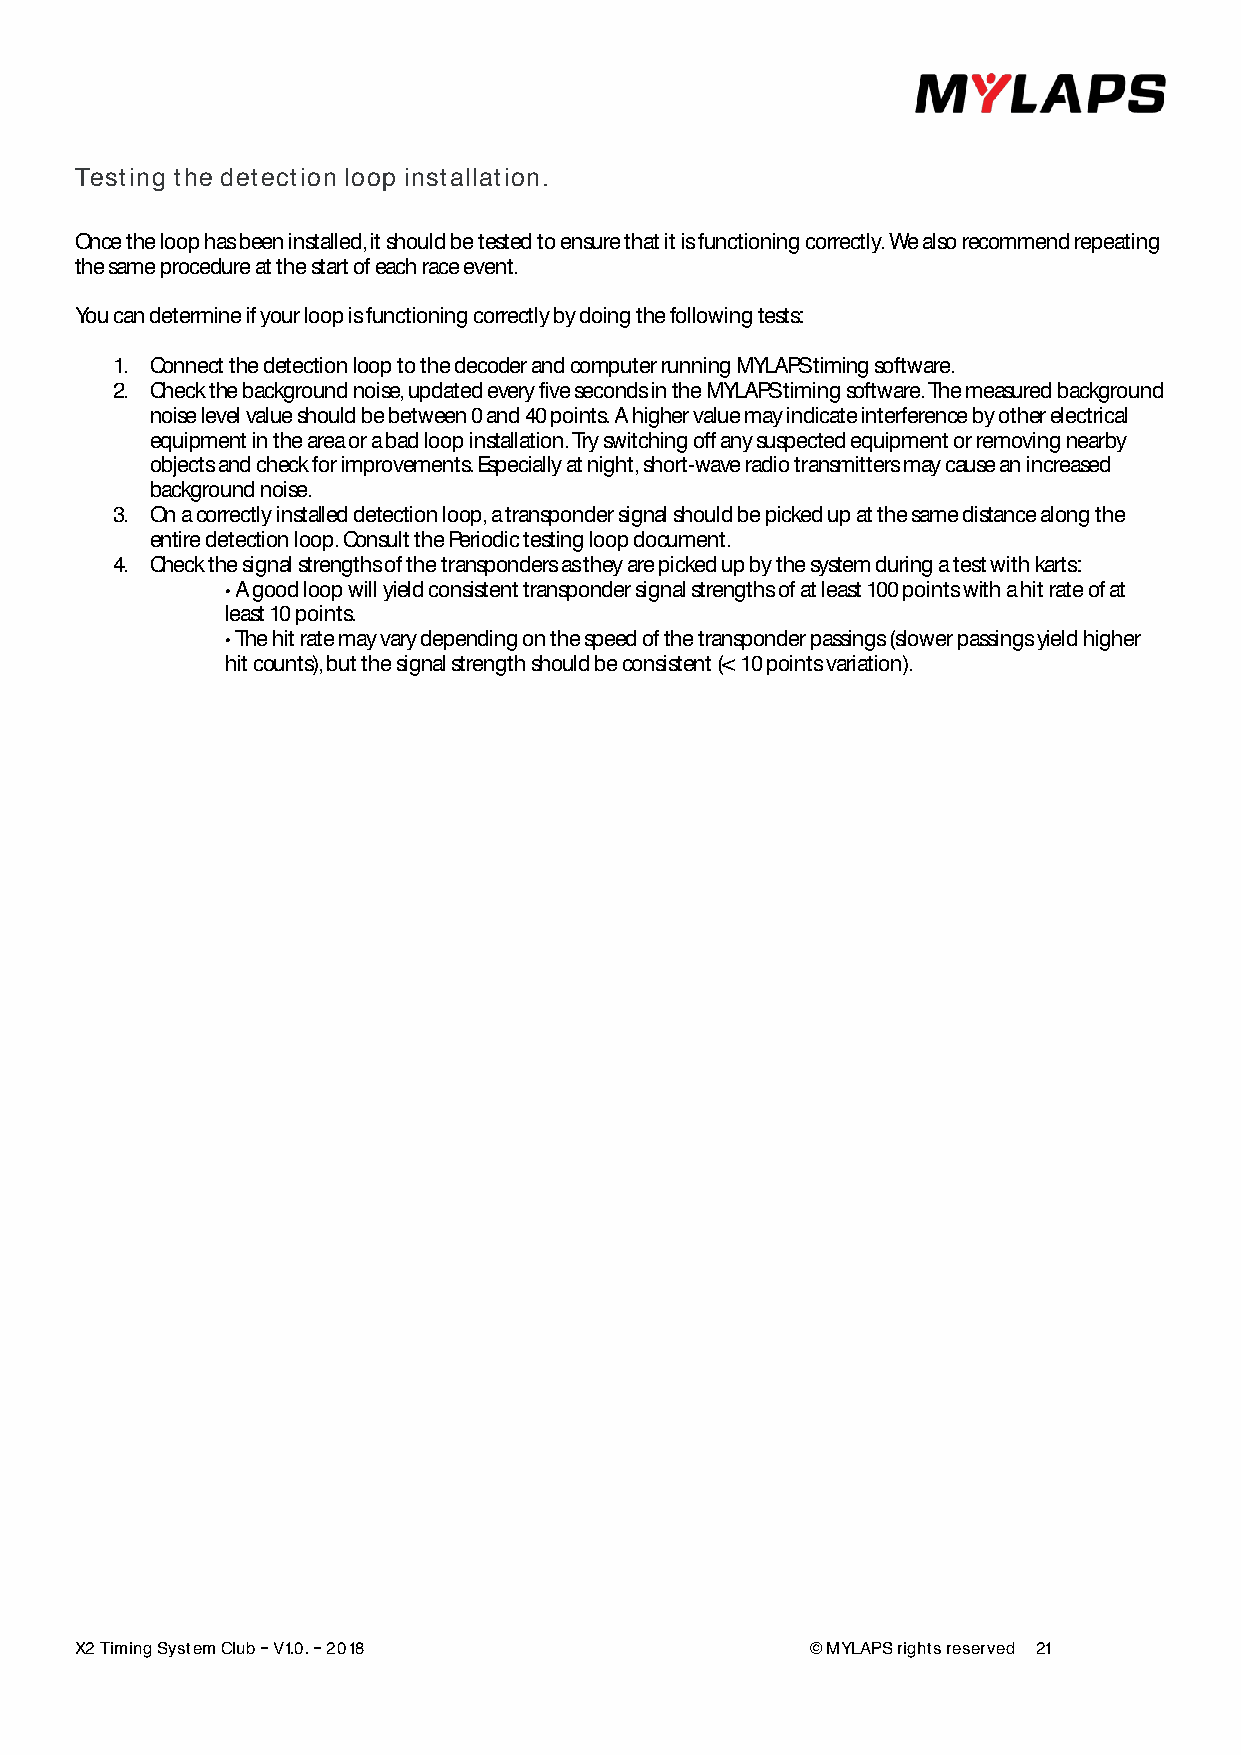
Testing the detection loop installation.
 Once the loop has been installed, it should be tested to ensure that it is functioning correctly. We also recommend repeating
 the same procedure at the start of each race event.
 You can determine if your loop is functioning correctly by doing the following tests:
 1. Connect the detection loop to the decoder and computer running MYLAPS timing software.
 2. Check the background noise, updated every five seconds in the MYLAPS timing software. The measured background
 noise level value should be between 0 and 40 points. A higher value may indicate interference by other electrical
 equipment in the area or a bad loop installation. Try switching off any suspected equipment or removing nearby
 objects and check for improvements. Especially at night, short-wave radio transmitters may cause an increased
 background noise.
 3. On a correctly installed detection loop, a transponder signal should be picked up at the same distance along the
 entire detection loop. Consult the Periodic testing loop document.
 4. Check the signal strengths of the transponders as they are picked up by the system during a test with karts:
 A good loop will yield consistent transponder signal strengths of at least 100 points with a hit rate of at
 least 10 points.
 The hit rate may vary depending on the speed of the transponder passings (slower passings yield higher
 hit counts), but the signal strength should be consistent (< 10 points variation).
 X2 Timing System Club V1.0. 2018                 © MYLAPS rights reserved 21